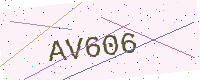
Text: AV606